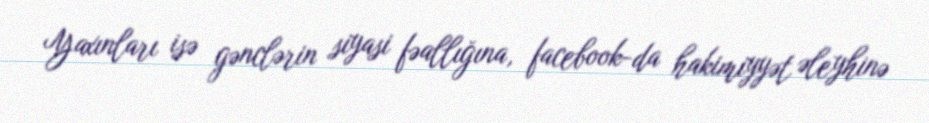
Yaxınları isə gənclərin siyasi fəallığına, facebook-da hakimiyyət əleyhinə